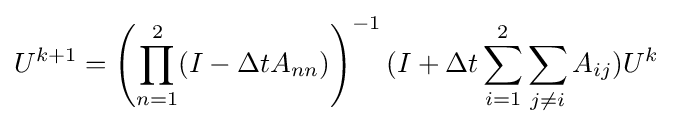
U^{k+1}=\left(\prod _{n=1}^{2}(I-\Delta tA_{nn})\right)^{-1}(I+\Delta t\sum _{i=1}^{2}\sum _{j\neq i}A_{ij})U^{k}